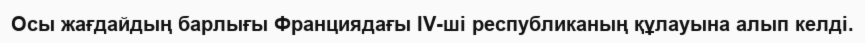
Осы жағдайдың барлығы Франциядағы ІV-ші республиканың құлауына алып келді.